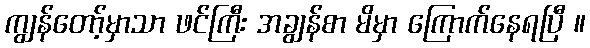
ကျွန်တော့်မှာသာ ဖင်ကြီး အချွန်စာ မိမှာ ကြောက်နေရပြီ ။